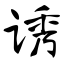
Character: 诱